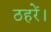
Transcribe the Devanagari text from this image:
ठहरें।